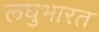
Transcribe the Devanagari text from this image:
लघुभारत